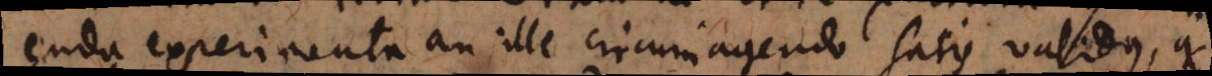
enda experimenta an ille circumagendo satis validus, qui